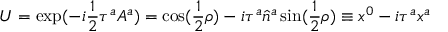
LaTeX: U = \exp ( - i { \frac { 1 } { 2 } } \tau ^ { a } A ^ { a } ) = \cos ( { \frac { 1 } { 2 } } \rho ) - i \tau ^ { a } \hat { n } ^ { a } \sin ( { \frac { 1 } { 2 } } \rho ) \equiv x ^ { 0 } - i \tau ^ { a } x ^ { a }